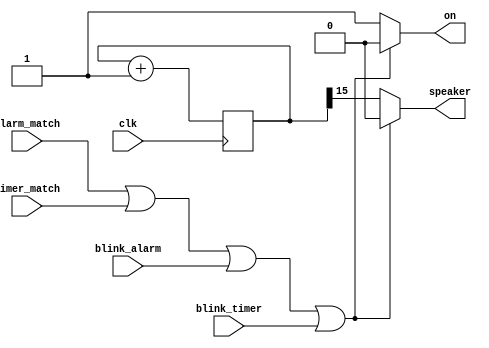
module music(
    input clk, 
    input alarm_match,
    input timer_match,
    input blink_alarm,
    input blink_timer,     
    output wire on, 
    output wire speaker
    );

    assign on = (alarm_match || timer_match || blink_alarm || blink_timer) ? 1'b0 : 1'b1;
    
    reg [15:0] counter;
    always @(posedge clk) counter <= counter+1;
    
    assign speaker = (on) ? counter[15] : 1'b0;
    
endmodule